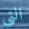
التي